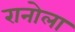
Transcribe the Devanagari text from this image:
रानोला